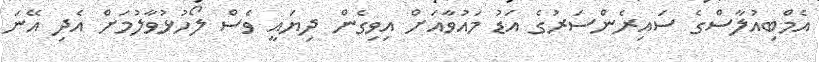
އެމްބިއުލާސްގެ ސައިރެންސަރުގެ އަޑު މައުވާއަށް އިވިގެން ދިޔައީ ވެސް ލޯހުޅުވާލުމަށް އެދި އޭނަ